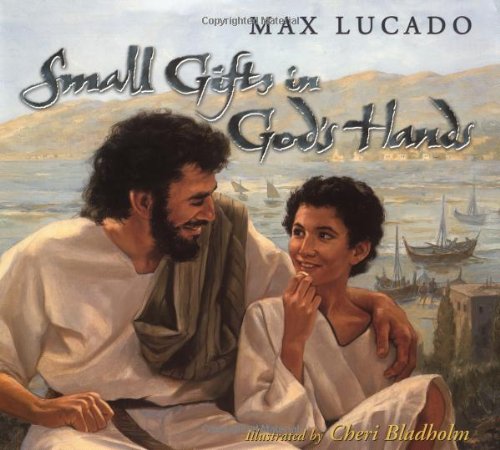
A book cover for Small Gifts in God's Hands; Max Lucado; Children's Books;